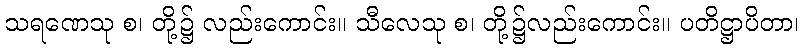
သရဏေသု စ၊ တို့၌ လည်းကောင်း။ သီလေသု စ၊ တို့၌လည်းကောင်း။ ပတိဋ္ဌာပိတာ၊